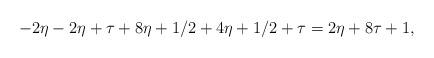
LaTeX: \begin{align*}-2\eta - 2 \eta + \tau + 8\eta + 1/2 + 4 \eta + 1/2 + \tau = 2 \eta + 8\tau + 1,\end{align*}